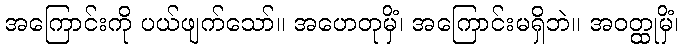
အကြောင်းကို ပယ်ဖျက်သော်။ အဟေတုမှိံ၊ အကြောင်းမရှိဘဲ။ အဝတ္ထုမှိံ၊